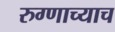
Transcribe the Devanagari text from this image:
रुग्णाच्याच